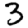
Digit: 3